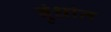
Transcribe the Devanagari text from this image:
बुंधांत